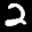
Label: 2